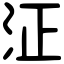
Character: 泟